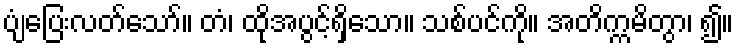
ပျံပြေးလတ်သော်။ တံ၊ ထိုအပွင့်ရှိသော။ သစ်ပင်ကို။ အတိက္ကမိတွာ၊ ၍။